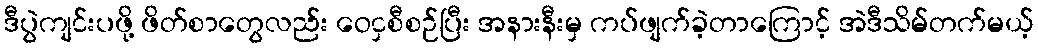
ဒီပွဲကျင်းပဖို့ ဖိတ်စာတွေလည်း ဝေငှစီစဉ်ပြီး အနားနီးမှ ကပ်ဖျက်ခဲ့တာကြောင့် အဲဒီသိမ်တက်မယ့်